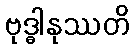
ဗုဒ္ဓါနုဿတိ